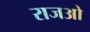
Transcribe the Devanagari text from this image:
राजओ